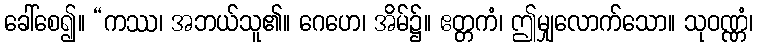
ခေါ်စေ၍။ “ကဿ၊ အဘယ်သူ၏။ ဂေဟေ၊ အိမ်၌။ ဧတ္တကံ၊ ဤမျှလောက်သော။ သုဝဏ္ဏံ၊